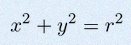
x^2+y^2=r^2